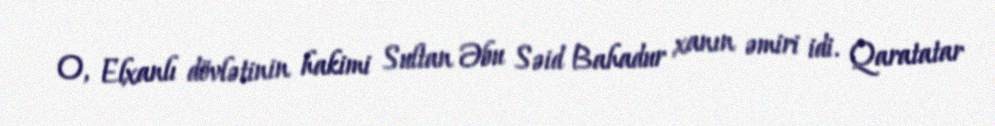
O, Elxanlı dövlətinin hakimi Sultan Əbu Səid Bahadur xanın əmiri idi. Qaratatar